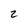
Character: 2